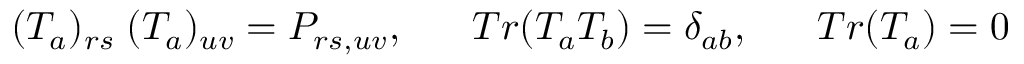
( T _ { a } ) _ { r s } \; ( T _ { a } ) _ { u v } = P _ { r s , u v } , \; \; \; \; \; \; T r ( T _ { a } T _ { b } ) = \delta _ { a b } , \; \; \; \; \; \; T r ( T _ { a } ) = 0